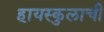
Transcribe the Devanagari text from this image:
हायस्कुलाची